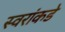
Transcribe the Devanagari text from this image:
स्वरांकडे